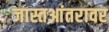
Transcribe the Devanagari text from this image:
जास्तआंतरावर